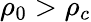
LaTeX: \rho_{0}>\rho_{c}